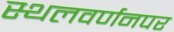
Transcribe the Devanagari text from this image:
स्थलवर्णनपर